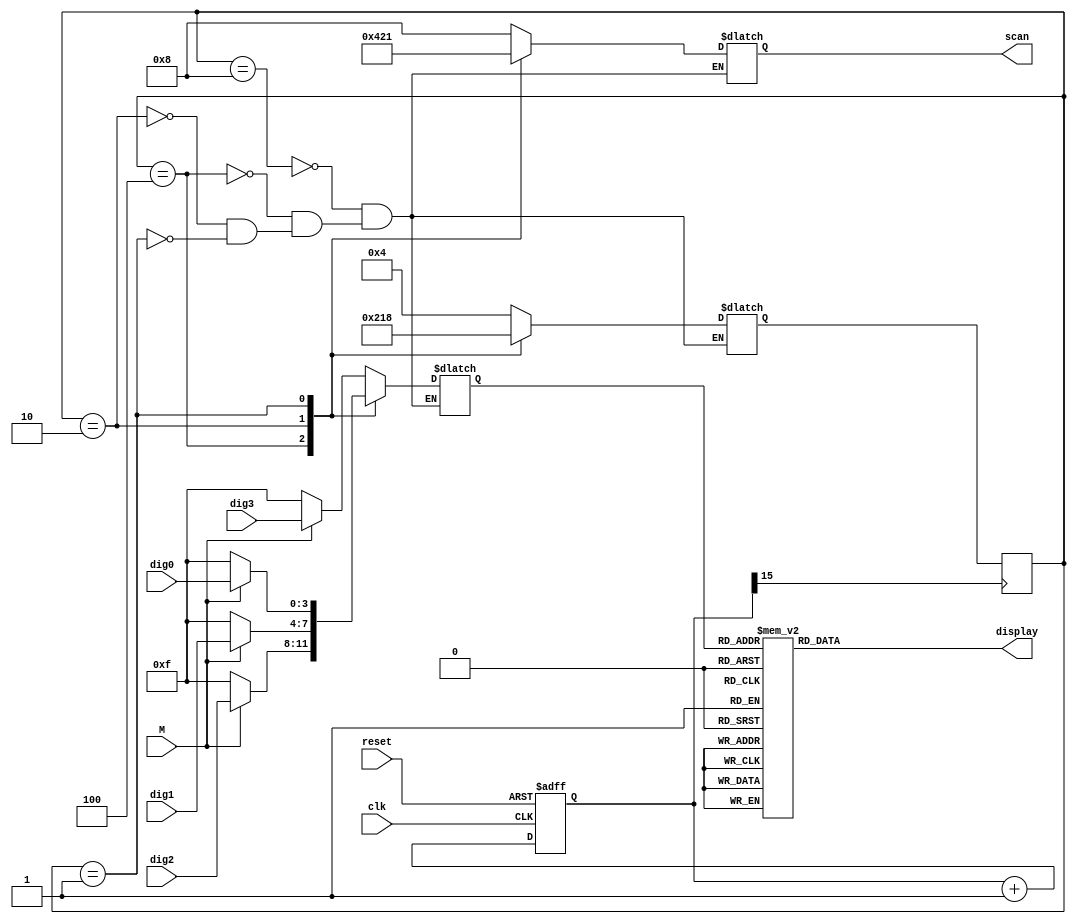
module Display									//
(
	input clk,reset,M,					//
	input [3:0] dig3,dig2,dig1,dig0,		//
	output reg [3:0] scan,					//
	output reg [6:0] display				//
);

//
reg[15:0] count;

always @ (posedge clk,negedge reset)
	if(!reset)
			count<=0;
	else
			count<=count+1'b1;
	
wire key_clk=count[15];						//f=50MHz/2^16=763Hz T=1.3ms
//

//
parameter DIG0 = 4'b0001;
parameter DIG1 = 4'b0010;
parameter DIG2 = 4'b0100;
parameter DIG3 = 4'b1000;
reg [3:0] current,next;							
reg [3:0] number;									//

//
always @ (posedge key_clk)
	current<=next;

//
always @ (current)
	case(current)
		DIG3: next<= DIG2;
		DIG2: next<= DIG1;
		DIG1: next<= DIG0;
		DIG0: next<= DIG3;
	endcase

//
always @ (current)
	case(current)
		DIG3: scan <= DIG3;
		DIG2: scan <= DIG2;
		DIG1: scan <= DIG1;
		DIG0: scan <= DIG0;
	endcase
//

//
always @ *
	case(current)
		DIG3:
			begin
				if(M==0)					//
					number<=4'b1111;		//16
				else
					number<=dig3;
			end
		DIG2:
			begin
				if(M==0)
					number<=4'b1111;
				else
					number<=dig2;
			end
		DIG1:
			begin
				if(M==0)
					number<=4'b1111;
				else
					number<=dig1;
			end
		DIG0:
			begin
				if(M==0)
					number<=4'b1111;
				else
					number<=dig0;
			end
	endcase

//
always @ (number)
	case(number)
		4'b0000: display <= 7'b1111110;
		4'b0001: display <= 7'b0110000;
		4'b0010: display <= 7'b1101101;
		4'b0011: display <= 7'b1111001;
		4'b0100: display <= 7'b0110011;
		4'b0101: display <= 7'b1011011;
		4'b0110: display <= 7'b1011111;
		4'b0111: display <= 7'b1110000;
		4'b1000: display <= 7'b1111111;
		4'b1001: display <= 7'b1111011;
		4'b1111: display <= 7'b0000000;	
		default: display <= 7'b1111110;	
	endcase
//

endmodule